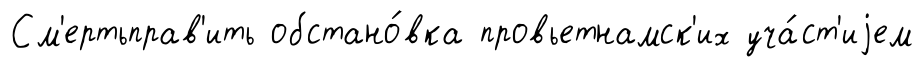
См'ертьправ'ить обстано́вка провьетнамск'их уча́ст'иjем